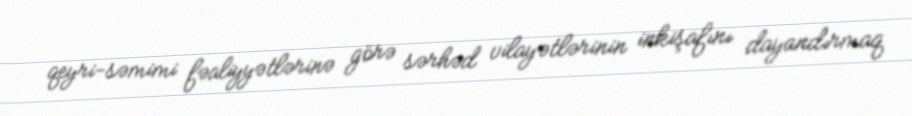
qeyri-səmimi fəaliyyətlərinə görə sərhəd vilayətlərinin inkişafını dayandırmaq